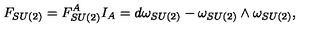
F _ { S U ( 2 ) } = F _ { S U ( 2 ) } ^ { A } I _ { A } = d \omega _ { S U ( 2 ) } - \omega _ { S U ( 2 ) } \wedge \omega _ { S U ( 2 ) } ,